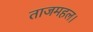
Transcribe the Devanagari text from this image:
ताजमहल।